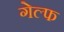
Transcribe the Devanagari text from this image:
गेल्फ